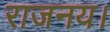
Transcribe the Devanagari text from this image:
राजनय।